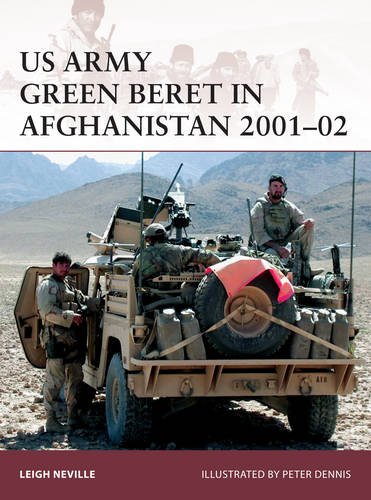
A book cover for US Army Green Beret in Afghanistan 2001-02 (Warrior); Leigh Neville; History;